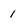
Character: i